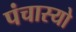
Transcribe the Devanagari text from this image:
पंचास्यो